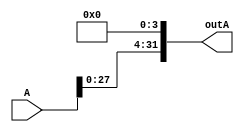
module SLL4bit(outA,A);
    input[31:0] A;
    output[31:0] outA;

    genvar c;
    generate 
        for (c=0; c < 4; c=c+1) begin: loop1
            assign outA[c] = 1'b0;
        end 
        for (c=4;c < 32;c=c+1) begin: loop2
            assign outA[c] = A[c-4];
        end
    endgenerate
endmodule